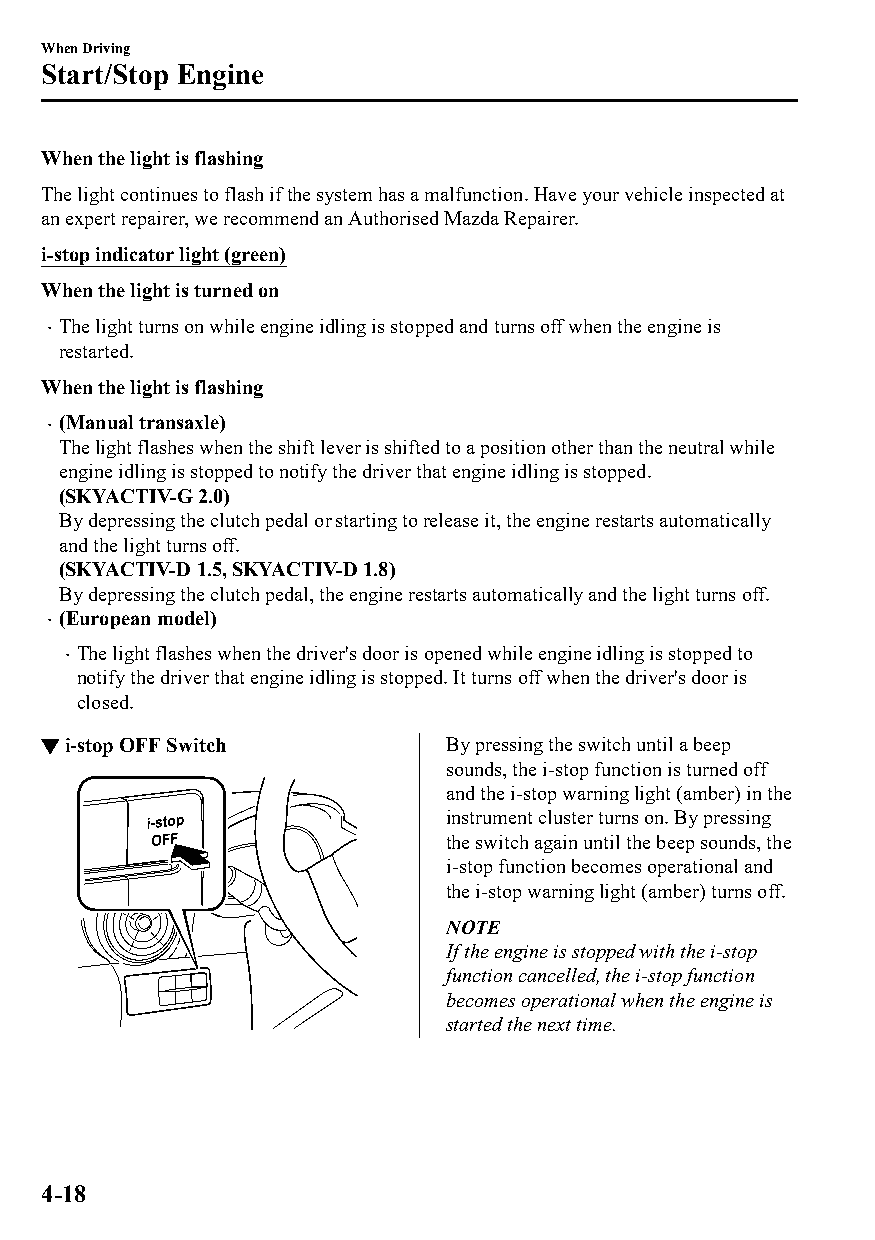
When Driving
 Start/Stop Engine
 When the light is flashing
 The light continues to flash if the system has a malfunction. Have your vehicle inspected at
 an expert repairer, we recommend an Authorised Mazda Repairer.
 i-stop indicator light (green)
 When the light is turned on
 The light turns on while engine idling is stopped and turns off when the engine is
 
 restarted.
 When the light is flashing
 (Manual transaxle)
 
 The light flashes when the shift lever is shifted to a position other than the neutral while
 engine idling is stopped to notify the driver that engine idling is stopped.
 (SKYACTIV-G 2.0)
 By depressing the clutch pedal or starting to release it, the engine restarts automatically
 and the light turns off.
 (SKYACTIV-D 1.5, SKYACTIV-D 1.8)
 By depressing the clutch pedal, the engine restarts automatically and the light turns off.
 (European model)
 
 The light flashes when the driver's door is opened while engine idling is stopped to
 
 notify the driver that engine idling is stopped. It turns off when the driver's door is
 closed.
 ▼i-stop OFF Switch         By pressing the switch until a beep
 sounds, the i-stop function is turned off
 and the i-stop warning light (amber) in the
 instrument cluster turns on. By pressing
 the switch again until the beep sounds, the
 i-stop function becomes operational and
 the i-stop warning light (amber) turns off.
 NOTE
 If the engine is stopped with the i-stop
 function cancelled, the i-stop function
 becomes operational when the engine is
 started the next time.
 4-18
 CX-3_8GT4-EE-18D_Edition4                  2018-9-6 18:32:19